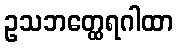
ဥသဘတ္ထေရဂါထာ